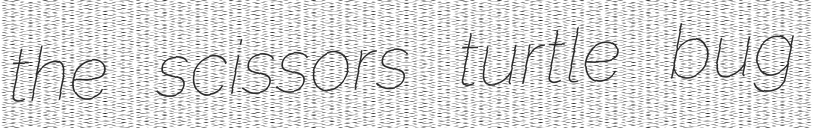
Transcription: the scissors turtle bug